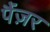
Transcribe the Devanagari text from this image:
पैंज़र